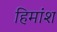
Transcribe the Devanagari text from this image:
हिमांश